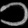
Digit: ၁